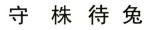
守株待兔